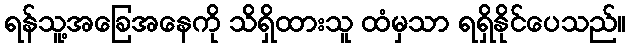
ရန်သူ့အခြေအနေကို သိရှိထားသူ ထံမှသာ ရရှိနိုင်ပေသည်။